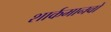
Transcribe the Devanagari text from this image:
शार्कमानवों